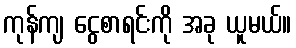
ကုန်ကျ ငွေစာရင်းကို အခု ယူမယ်။